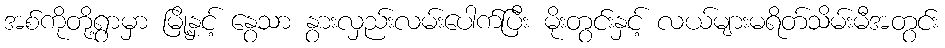
အစ်ကိုတို့ရွာမှာ မြို့နှင့် နွေသာ နွားလှည်းလမ်းပေါက်ပြီး မိုးတွင်းနှင့် လယ်များမရိတ်သိမ်းမီအတွင်း